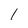
Character: 1